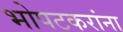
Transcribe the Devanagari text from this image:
भोपटकरांना